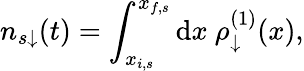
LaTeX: n_{s\downarrow}(t)=\int_{x_{i,s}}^{x_{f,s}}\mathrm{d}x~\rho_{\downarrow}^{(1)}(x),